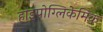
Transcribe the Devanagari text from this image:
हाइपोग्लिकेमिक